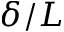
\delta / L